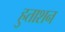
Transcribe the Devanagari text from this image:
हुताशन